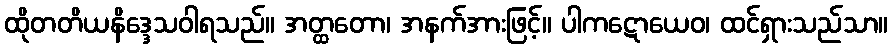
ထိုတတိယနိဒ္ဒေသဝါရသည်။ အတ္ထတော၊ အနက်အားဖြင့်။ ပါကဋောယေဝ၊ ထင်ရှားသည်သာ။